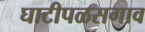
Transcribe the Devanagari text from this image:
घाटीपळसगाव